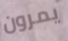
يمرون